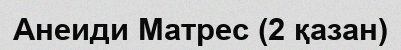
Анеиди Матрес (2 қазан)